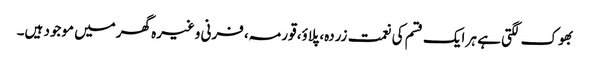
بھوک لگتی ہے ہر ایک قسم کی نعمت زردہ، پلاؤ، قورمہ، فرنی وغیرہ گھرمیں موجود ہیں۔